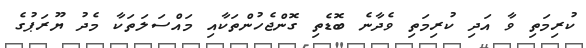
ކުރިމަތި ވާ އަދި ކުރިމަތި ވެދާނެ ބޮޑެތި ގޮންޖެހުންތަކާއި މައްސަލަތަކާ މެދު ޔޫރަޕުގެ